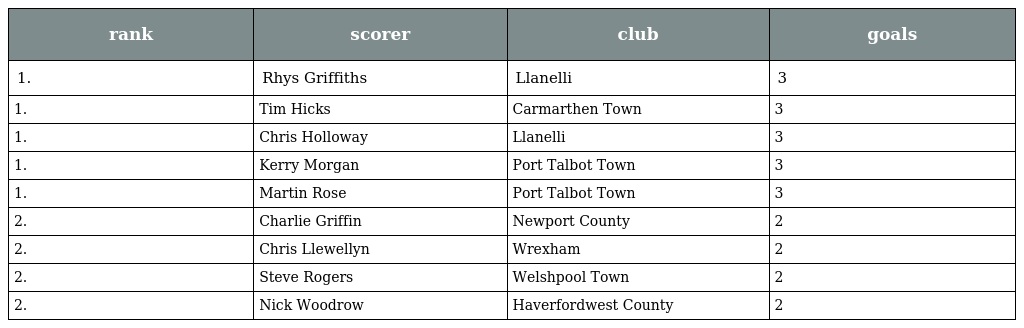
| rank | scorer | club | goals |
 | --- | --- | --- | --- |
 | 1. | Rhys Griffiths | Llanelli | 3 |
 | 1. | Tim Hicks | Carmarthen Town | 3 |
 | 1. | Chris Holloway | Llanelli | 3 |
 | 1. | Kerry Morgan | Port Talbot Town | 3 |
 | 1. | Martin Rose | Port Talbot Town | 3 |
 | 2. | Charlie Griffin | Newport County | 2 |
 | 2. | Chris Llewellyn | Wrexham | 2 |
 | 2. | Steve Rogers | Welshpool Town | 2 |
 | 2. | Nick Woodrow | Haverfordwest County | 2 |